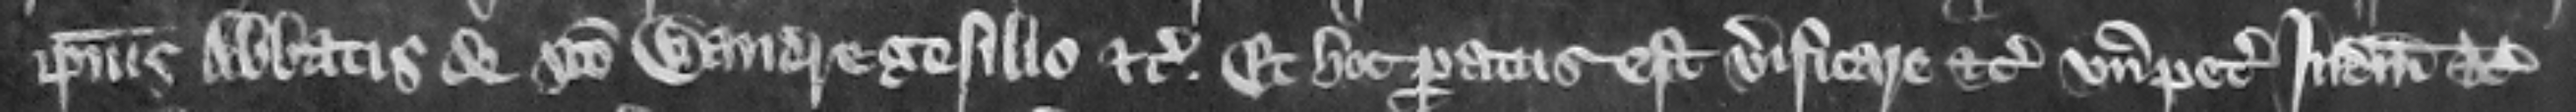
ipsius abbatis de Sancto Wandregesilio etc. Et hoc paratus est verificare etc. vnde petit iudicium etc.